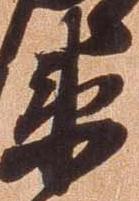
衛